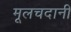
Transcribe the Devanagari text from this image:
मूलचदानी